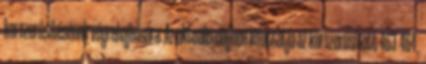
korszerűsítésének végrehajtására. Az aktuális cégben lefuttatja az korszerűsített 463 464,